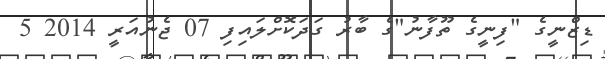
ޑިޒްނީގެ "ފިނީގެ ތޫފާނު"ގެ ބާރު ގަދަކޮށްލައިފި 07 ޖެނުއަރީ 2014 5